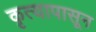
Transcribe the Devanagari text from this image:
कृत्यापासून